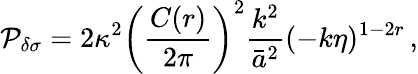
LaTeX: {\cal P}_{\delta\sigma}=2\kappa^{2}\left({\frac{C(r)}{2\pi}}\right)^{2}{\frac{k^{2}}{\bar{a}^{2}}}(-k\eta)^{1-2r}\, ,